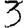
Digit: 3